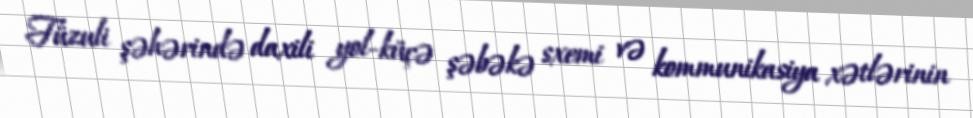
Füzuli şəhərində daxili yol-küçə şəbəkə sxemi və kommunikasiya xətlərinin